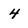
Character: 4